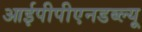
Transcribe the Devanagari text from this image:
आईपीपीएनडब्ल्यू